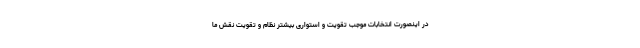
در اینصورت انتخابات موجب تقویت و استواری بیشتر نظام و تقویت نقش ما